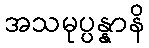
အသမုပ္ပန္နာနိ